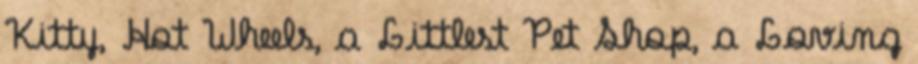
Kitty, Hot Wheels, a Littlest Pet Shop, a Loving